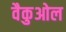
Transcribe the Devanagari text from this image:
वैकुओल